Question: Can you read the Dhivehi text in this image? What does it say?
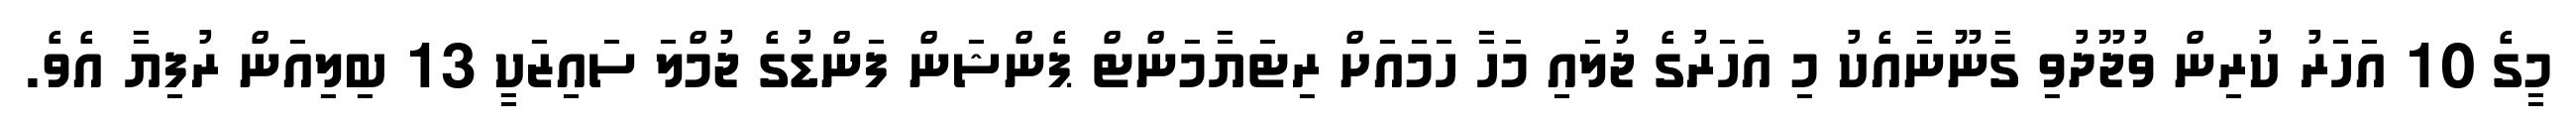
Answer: މީގެ 10 އަހަރު ކުރިން ވުޖޫދުވި ގާނޫނާއެކު މި އަހަރުގެ ޖުލައި މަހާ ހަމައަށް ރިޓަޔާމަންޓް ޕެންޝަން ފަންޑުގެ ޖުމްލަ ސައިޒަކީ 13 ބިލިއަން ރުފިޔާ އެވެ.